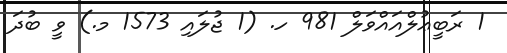
1 ރަބީޢުލްއައްވަލް 981 ހ. (1 ޖުލައި 1573 މ.) ވީ ބުދަ